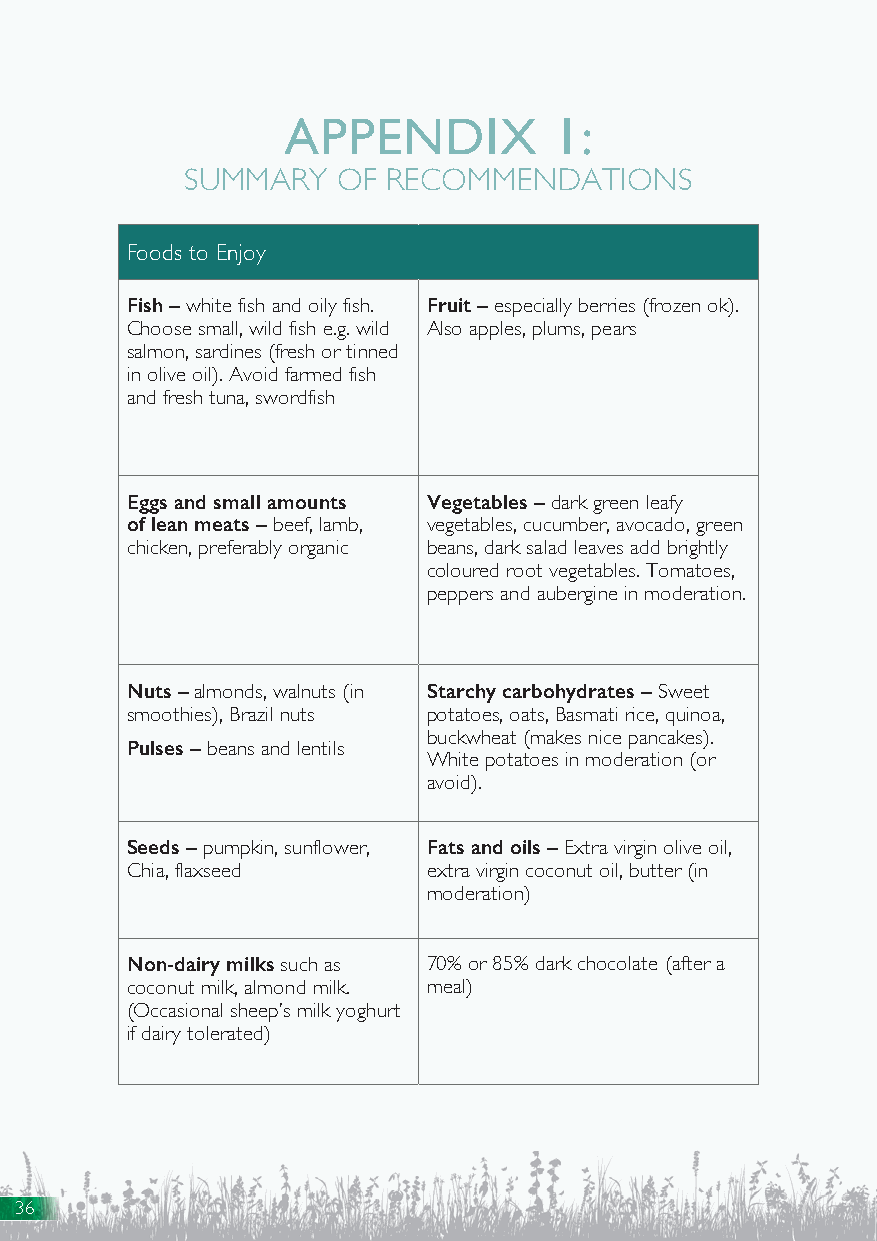
APPENDIX          1:
 SUMMARY   OF  RECOMMENDATIONS
 Foods to Enjoy
 Fish – white fish and oily fish. Fruit – especially berries (frozen ok).
 Choose small, wild fish e.g. wild Also apples, plums, pears
 salmon, sardines (fresh or tinned
 in olive oil). Avoid farmed fish
 and fresh tuna, swordfish
 Eggs and small amounts Vegetables – dark green leafy
 of lean meats – beef, lamb, vegetables, cucumber, avocado, green
 chicken, preferably organic beans, dark salad leaves add brightly
 coloured root vegetables. Tomatoes,
 peppers and aubergine in moderation.
 Nuts – almonds, walnuts (in Starchy carbohydrates – Sweet
 smoothies), Brazil nuts potatoes, oats, Basmati rice, quinoa,
 buckwheat (makes nice pancakes).
 Pulses – beans and lentils
 White potatoes in moderation (or
 avoid).
 Seeds – pumpkin, sunflower, Fats and oils – Extra virgin olive oil,
 Chia, flaxseed      extra virgin coconut oil, butter (in
 moderation)
 Non-dairy milks such as 70% or 85% dark chocolate (after a
 coconut milk, almond milk. meal)
 (Occasional sheep’s milk yoghurt
 if dairy tolerated)
 36